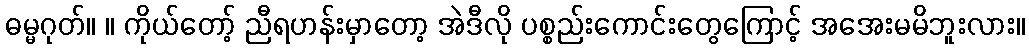
ဓမ္မဂုတ်။ ။ ကိုယ်တော့် ညီရဟန်းမှာတော့ အဲဒီလို ပစ္စည်းကောင်းတွေကြောင့် အအေးမမိဘူးလား။